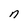
Character: n